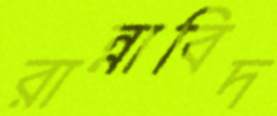
রান্নাবিদ